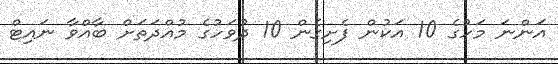
އަންނަ މަހުގެ 10 އަކުން ފެށިގެން 10 ދުވަހުގެ މުއްދަތަށް ބާއްވާ ނައިޓް